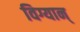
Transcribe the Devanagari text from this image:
विग्यान्